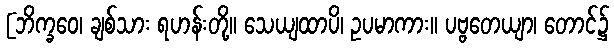
[ဘိက္ခဝေ၊ ချစ်သား ရဟန်းတို့။ သေယျထာပိ၊ ဥပမာကား။ ပဗ္ဗတေယျာ၊ တောင်၌